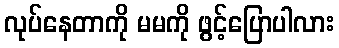
လုပ်နေတာကို မမကို ဖွင့်ပြောပါလား